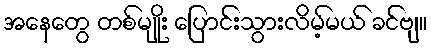
အနေတွေ တစ်မျိုး ပြောင်းသွားလိမ့်မယ် ခင်ဗျ။